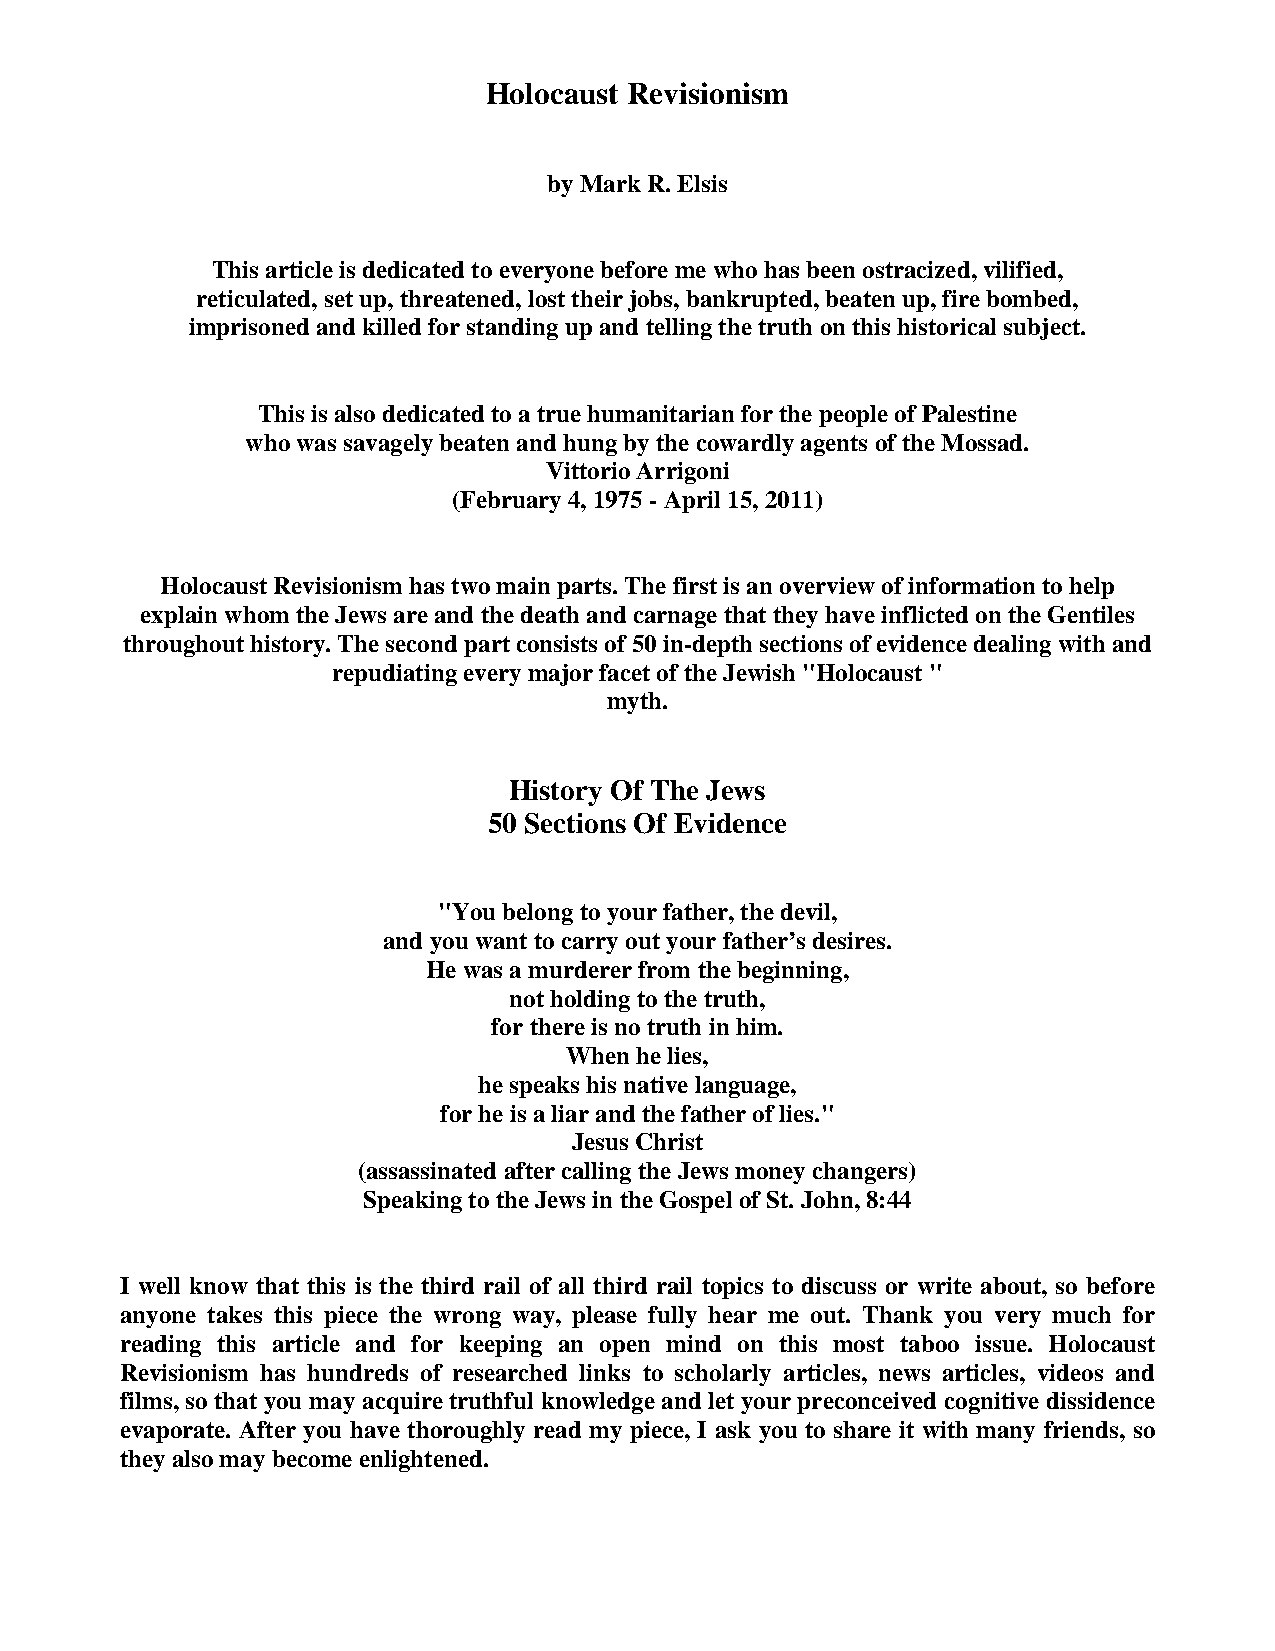
Holocaust Revisionism
 by Mark R. Elsis
 This article is dedicated to everyone before me who has been ostracized, vilified,
 reticulated, set up, threatened, lost their jobs, bankrupted, beaten up, fire bombed,
 imprisoned and killed for standing up and telling the truth on this historical subject.
 This is also dedicated to a true humanitarian for the people of Palestine
 who was savagely beaten and hung by the cowardly agents of the Mossad.
 Vittorio Arrigoni
 (February 4, 1975 - April 15, 2011)
 Holocaust Revisionism has two main parts. The first is an overview of information to help
 explain whom the Jews are and the death and carnage that they have inflicted on the Gentiles
 throughout history. The second part consists of 50 in-depth sections of evidence dealing with and
 repudiating every major facet of the Jewish "Holocaust "
 myth.
 History Of The Jews
 50 Sections Of Evidence
 "You belong to your father, the devil,
 and you want to carry out your father’s desires.
 He was a murderer from the beginning,
 not holding to the truth,
 for there is no truth in him.
 When he lies,
 he speaks his native language,
 for he is a liar and the father of lies."
 Jesus Christ
 (assassinated after calling the Jews money changers)
 Speaking to the Jews in the Gospel of St. John, 8:44
 I well know that this is the third rail of all third rail topics to discuss or write about, so before
 anyone takes this piece the wrong way, please fully hear me out. Thank you very much for
 reading this article and for keeping an open mind on this most taboo issue. Holocaust
 Revisionism has hundreds of researched links to scholarly articles, news articles, videos and
 films, so that you may acquire truthful knowledge and let your preconceived cognitive dissidence
 evaporate. After you have thoroughly read my piece, I ask you to share it with many friends, so
 they also may become enlightened.